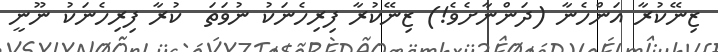
ޒިނޭކުރާ އަންހެނާ (ދަންނާށެވެ!) ޒިނޭކުރާ ފިރިހެނަކު ނުވަތަ  ކުރާ ފިރިހެނަކު ނޫނީ